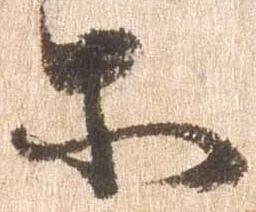
等